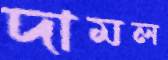
দামল